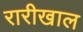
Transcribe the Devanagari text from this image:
रारीखाल